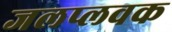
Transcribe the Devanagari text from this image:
जलप्लवक